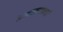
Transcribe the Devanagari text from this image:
अनात्मातावादी